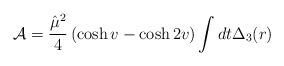
\begin{align*}{\cal A} = \frac {\hat \mu^2}{4} \left(\cosh v - \cosh 2v \right) \int dt \Delta_3(r)\end{align*}